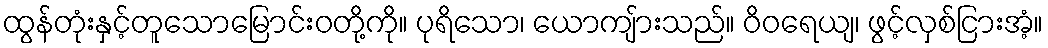
ထွန်တုံးနှင့်တူသောမြောင်းဝတို့ကို။ ပုရိသော၊ ယောကျ်ားသည်။ ဝိဝရေယျ၊ ဖွင့်လှစ်ငြားအံ့။